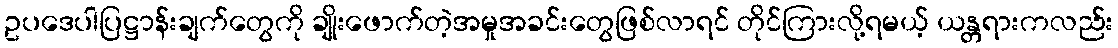
ဥပဒေပါပြဋ္ဌာန်းချက်တွေကို ချိုးဖောက်တဲ့အမှုအခင်းတွေဖြစ်လာရင် တိုင်ကြားလို့ရမယ့် ယန္တရားကလည်း